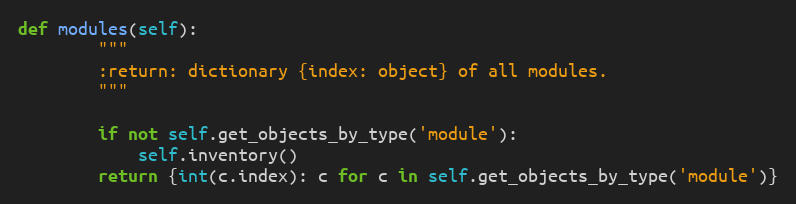
Language: Python
def modules(self):
        """
        :return: dictionary {index: object} of all modules.
        """

        if not self.get_objects_by_type('module'):
            self.inventory()
        return {int(c.index): c for c in self.get_objects_by_type('module')}